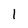
Character: l